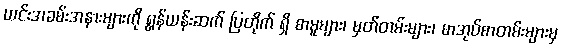
ယင်းအခမ်းအနားများကို ရွန်ယန်းဆက် ပြတိုက် ရှိ စာမူများ၊ မှတ်တမ်းများ၊ စာအုပ်စာတမ်းများမှ